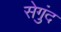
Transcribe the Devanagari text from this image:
सेगुंद